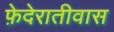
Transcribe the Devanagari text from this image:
फ़ेदेरातीवास